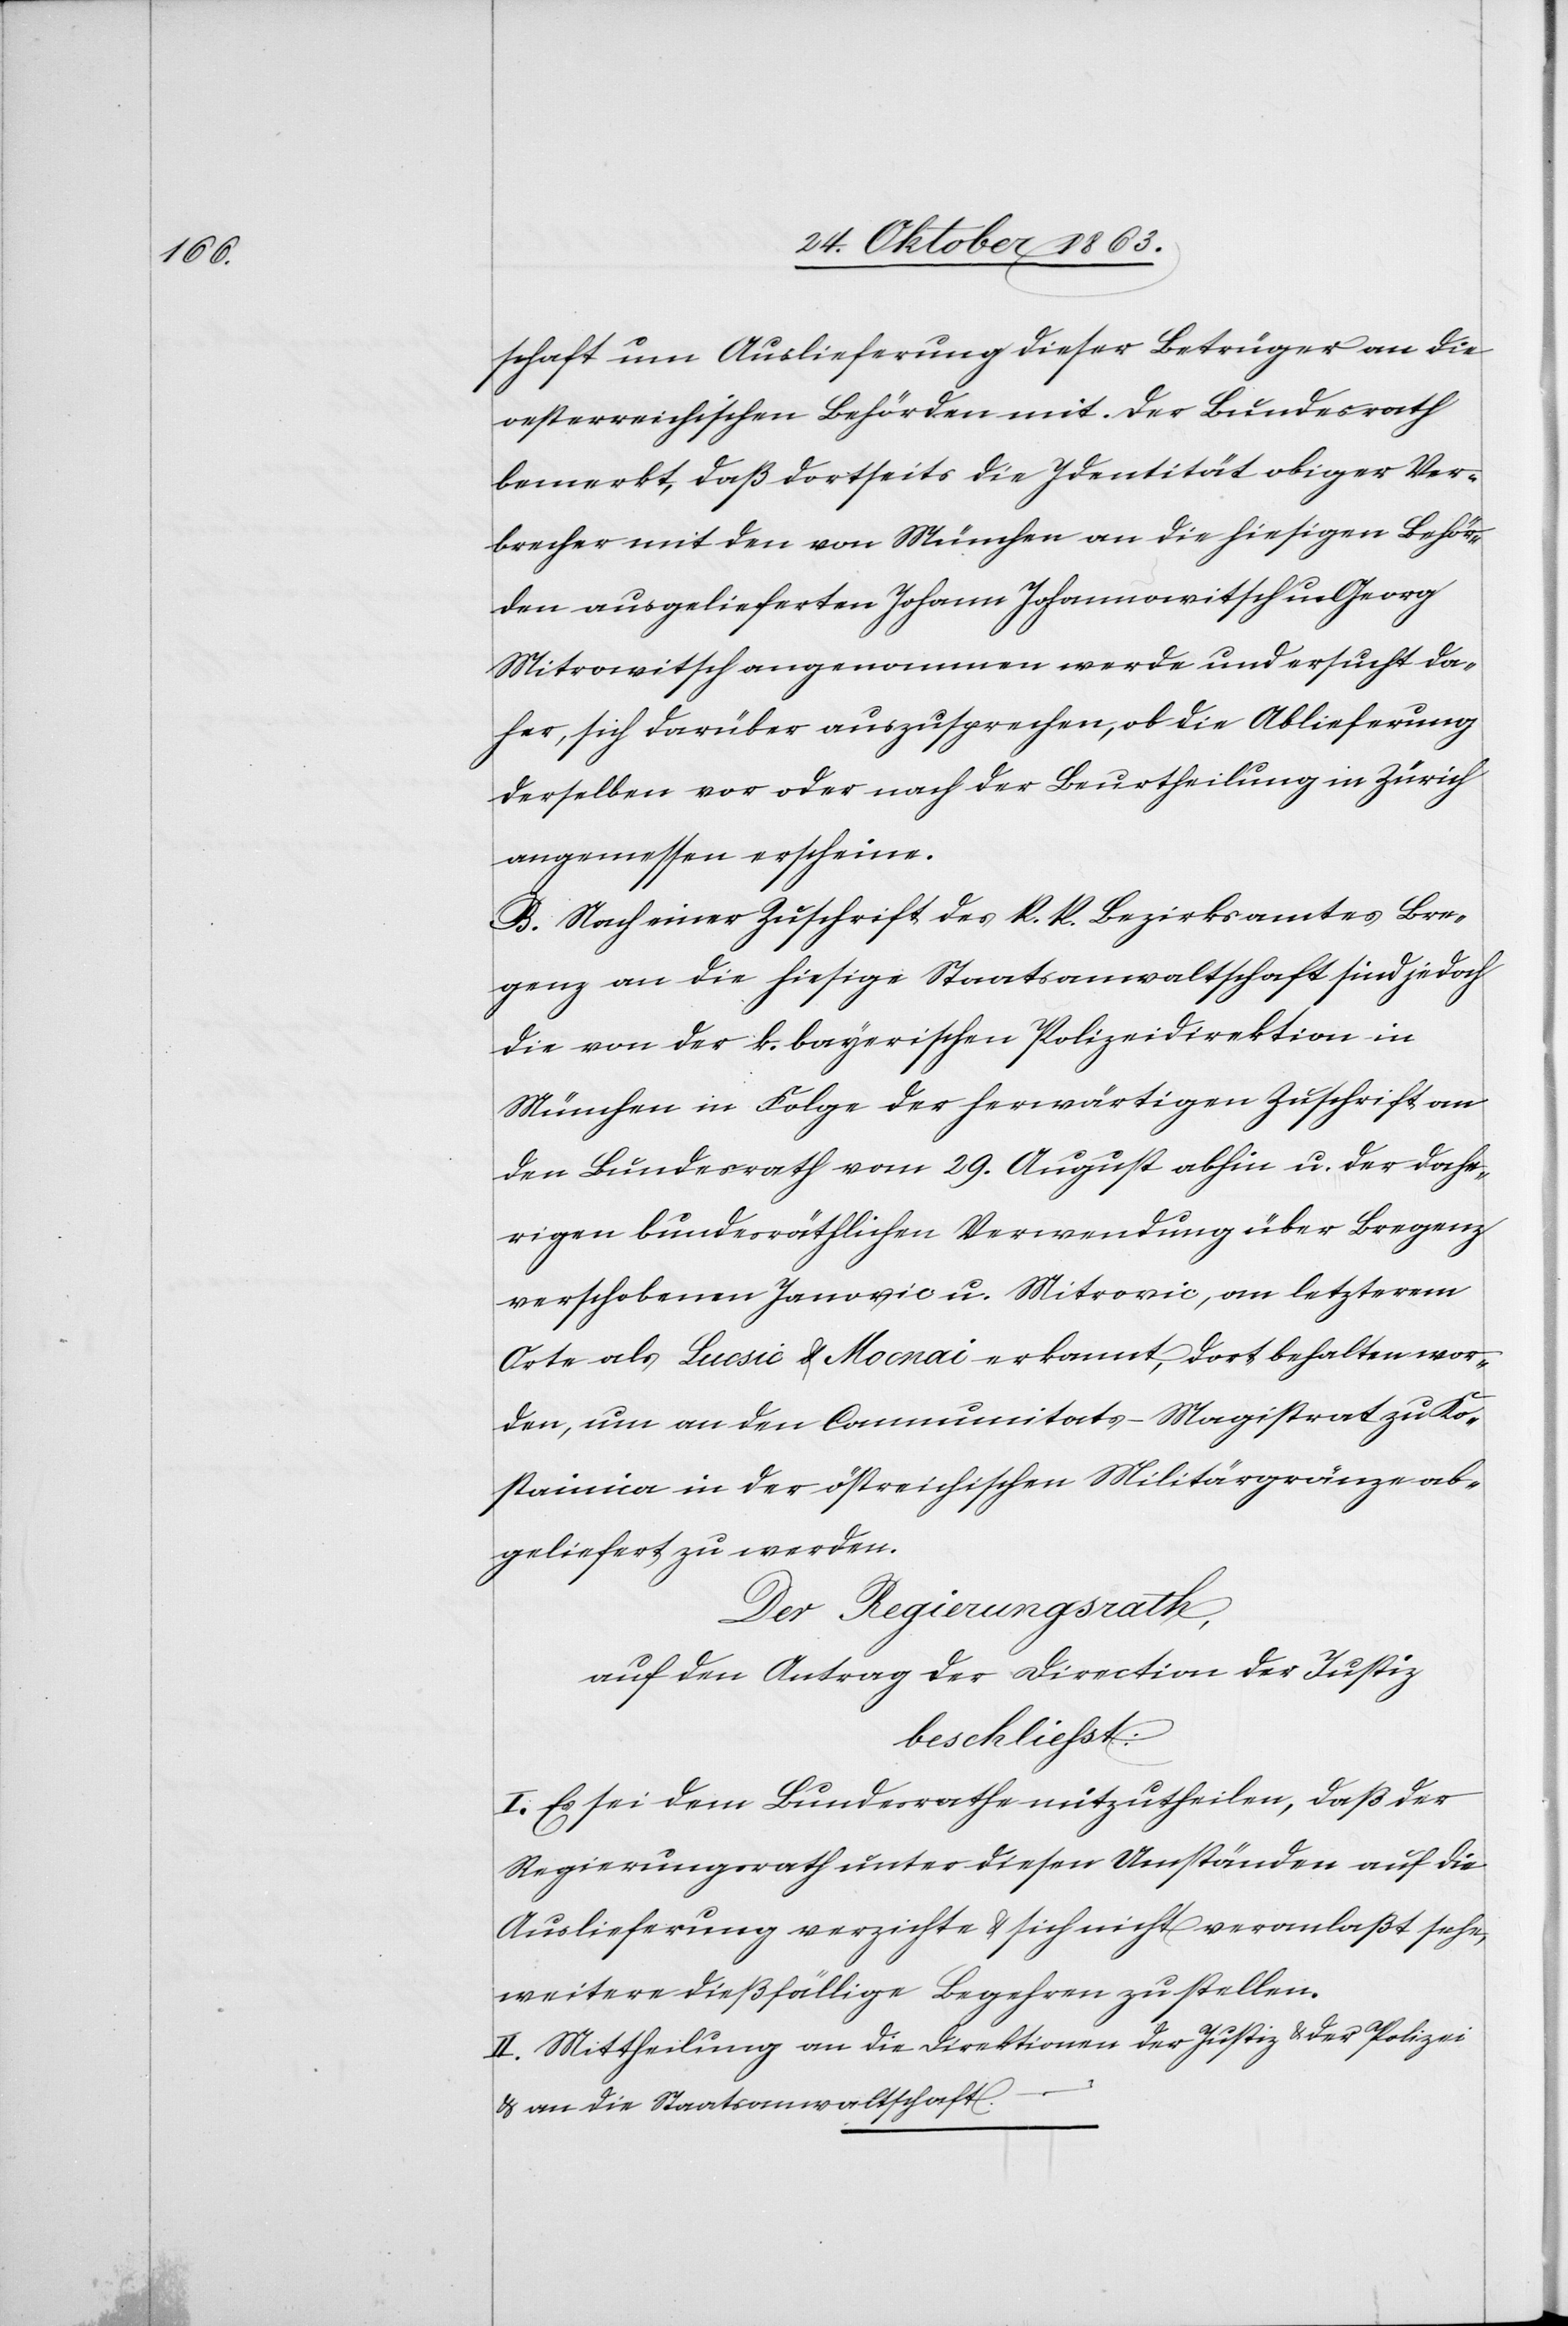
schaft um Auslieferung dieser Betrüger an die
oesterreichischen Behörden mit. Der Bundesrath
bemerkt, daß dortseits die Identität obiger Ver¬
brecher mit den von München an die hiesigen Behör¬
den ausgelieferten Johann Johannowitsch u. Georg
Mitrowitsch angenommen werde und ersucht da¬
her, sich darüber auszusprechen, ob die Ablieferung
derselben vor oder nach der Beurtheilung in Zürich
angemessen erscheine.
B. Nach einer Zuschrift des k. k. Bezirksamtes Bre¬
genz an die hiesige Staatsanwaltschaft sind jedoch
die von der k. bayerischen Polizeidirektion in
München in Folge der herwärtigen Zuschrift an
den Bundesrath vom 29. August abhin u. der dahe¬
rigen bundesräthlichen Verwendung über Bregenz
verschobenen Janovic u. Mitrovic, an letzterem
Orte als Lucsic & Mocnai erkannt, dort behalten wor¬
den, um an den Communitats-Magistrat [sic!]
Kostainica in der östreichischen Militärgränze ab¬
geliefert zu werden.
Der Regierungsrath,
auf den Antrag der Direction der Justiz
beschliesst:
I. Es sei dem Bundesrathe mitzutheilen, daß der
Regierungsrath unter diesen Umständen auf die
Auslieferung verzichte & sich nicht veranlaßt sehe,
weitere dießfällige Begehren zu stellen.
II. Mittheilung an die Direktionen der Justiz & der Polizei
& an die Staatsanwaltschaft.